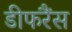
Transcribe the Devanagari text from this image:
डीफरैंस